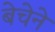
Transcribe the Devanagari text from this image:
बेचेने